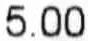
5.00